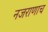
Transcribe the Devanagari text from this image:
नजराणाच